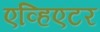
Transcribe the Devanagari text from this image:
एव्हिएटर